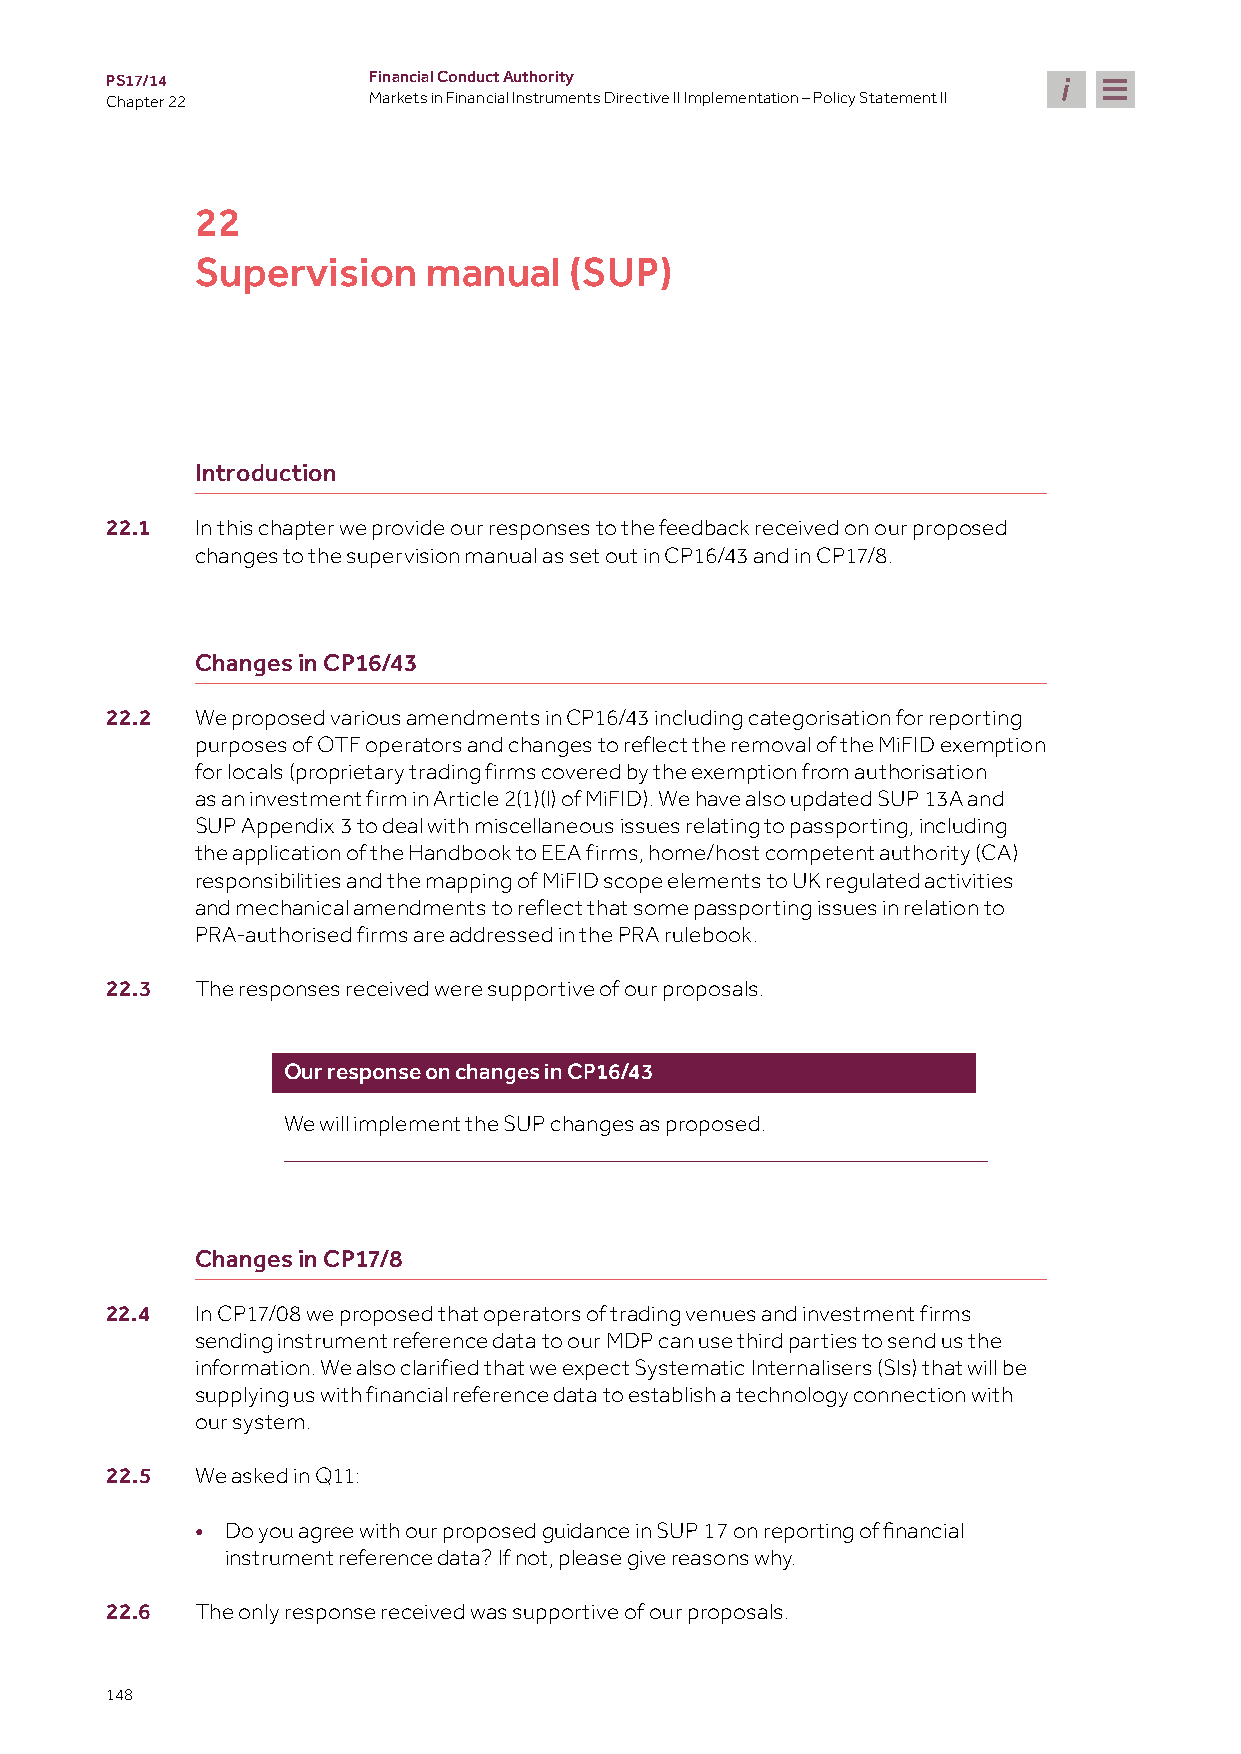
PS17/14          Financial Conduct Authority
 Chapter 22       Markets in Financial Instruments Directive II Implementation – Policy Statement II
 22
 Supervision    manual    (SUP)
 Introduction
 22.1  In this chapter we provide our responses to the feedback received on our proposed
 changes to the supervision manual as set out in CP16/43 and in CP17/8.
 Changes in CP16/43
 22.2  We proposed various amendments in CP16/43 including categorisation for reporting
 purposes of OTF operators and changes to reflect the removal of the MiFID exemption
 for locals (proprietary trading firms covered by the exemption from authorisation
 as an investment firm in Article 2(1)(l) of MiFID). We have also updated SUP 13A and
 SUP Appendix 3 to deal with miscellaneous issues relating to passporting, including
 the application of the Handbook to EEA firms, home/host competent authority (CA)
 responsibilities and the mapping of MiFID scope elements to UK regulated activities
 and mechanical amendments to reflect that some passporting issues in relation to
 PRA-authorised firms are addressed in the PRA rulebook.
 22.3  The responses received were supportive of our proposals.
 Our response on changes in CP16/43
 We will implement the SUP changes as proposed.
 Changes in CP17/8
 22.4  In CP17/08 we proposed that operators of trading venues and investment firms
 sending instrument reference data to our MDP can use third parties to send us the
 information. We also clarified that we expect Systematic Internalisers (SIs) that will be
 supplying us with financial reference data to establish a technology connection with
 our system.
 22.5  We asked in Q11:
 •
 Do you agree with our proposed guidance in SUP 17 on reporting of financial
 instrument reference data? If not, please give reasons why.
 22.6  The only response received was supportive of our proposals.
 148